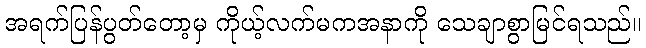
အရက်ပြန်ပွတ်တော့မှ ကိုယ့်လက်မကအနာကို သေချာစွာမြင်ရသည်။